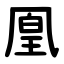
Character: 凰